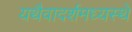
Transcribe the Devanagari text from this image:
यथैवादर्शमध्यस्थे